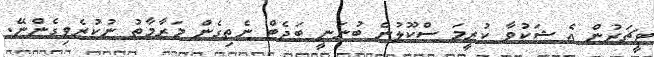
ޓީޗަރުން އެ ޝަކުވާ ކުރީމަ ސްކޫލުން ބުނަނީ ބަޖެޓް ނެތިގެން މަރާމާތު ނުކުރެވިގެންނޭ.